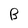
Character: B